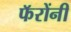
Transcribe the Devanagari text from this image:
फॅरोंनी